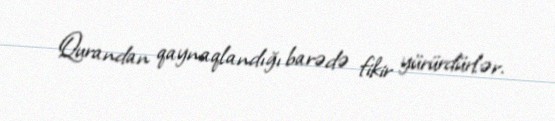
Qurandan qaynaqlandığı barədə fikir yürürdürlər.